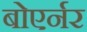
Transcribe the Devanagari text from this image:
बोएर्नर